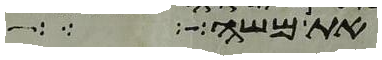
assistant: את משה